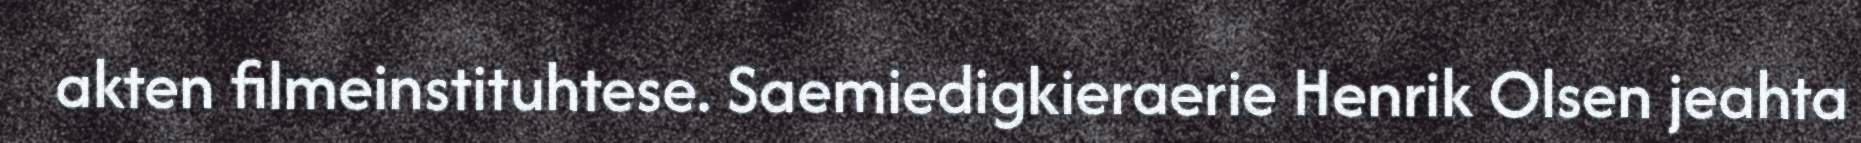
akten filmeinstituhtese. Saemiedigkieraerie Henrik Olsen jeahta